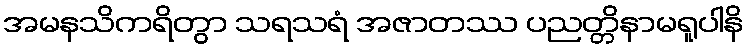
အမနသိကရိတွာ သရသရံ အဇာတဿ ပညတ္တိနာမရူပါနိ